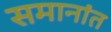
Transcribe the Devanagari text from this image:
समानांत